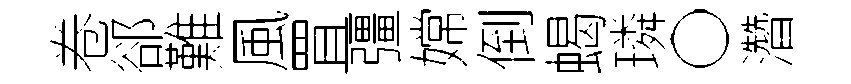
卷郤難風罝彊嫦倒蝎璘〇濳